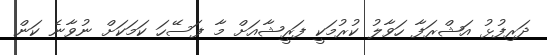
ދަރިފުޅު އަޝްރަފާ ހަވާލު ކުރުމަކީ ފަރީޝާއަށް މާ ފަސޭހަ ކަމަކަށް ނުވާނެ ކަން